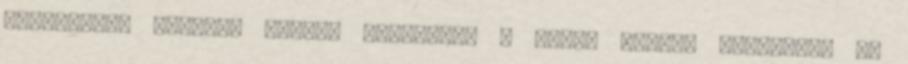
geometriai formája miatt. Chernobov a kínai lámpás elméletet is